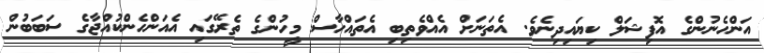
އަންހެނުންގެ އޮފިޝަލް ކިޔައިދިނެވެ. އެތަނަށް އެއްވެތިބި އެތައްހާސް މީހުންގެ ތެރޭގައި އެއަންހެންކުއްޖާގެ ސަބަބުން